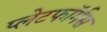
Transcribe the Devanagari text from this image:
प्लेटफॉर्मस